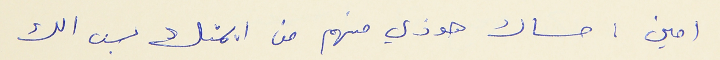
امين : مساك هوذي منهم من ايمتك بس الك